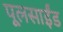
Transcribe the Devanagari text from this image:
पूलसाईंड